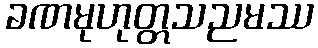
ခဏမုဟုတ္တသညမဿ